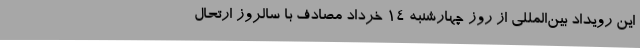
این رویداد بین‌المللی از روز چهارشنبه 14 خرداد مصادف با سالروز ارتحال